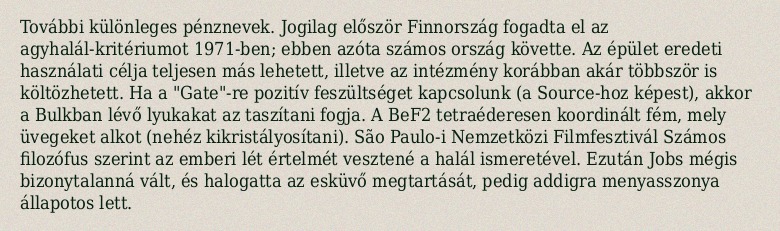
További különleges pénznevek. Jogilag először Finnország fogadta el az agyhalál-kritériumot 1971-ben; ebben azóta számos ország követte. Az épület eredeti használati célja teljesen más lehetett, illetve az intézmény korábban akár többször is költözhetett. Ha a "Gate"-re pozitív feszültséget kapcsolunk (a Source-hoz képest), akkor a Bulkban lévő lyukakat az taszítani fogja. A BeF2 tetraéderesen koordinált fém, mely üvegeket alkot (nehéz kikristályosítani). São Paulo-i Nemzetközi Filmfesztivál Számos filozófus szerint az emberi lét értelmét vesztené a halál ismeretével. Ezután Jobs mégis bizonytalanná vált, és halogatta az esküvő megtartását, pedig addigra menyasszonya állapotos lett.